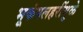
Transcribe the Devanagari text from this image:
भूकंपलहरींमुळे